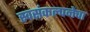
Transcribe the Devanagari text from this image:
स्वसंकल्पनेचा